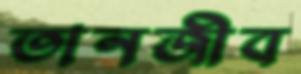
তানজীব